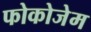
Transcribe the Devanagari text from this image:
फोकोजेम